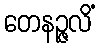
တေနဉ္ဇလိံ